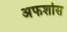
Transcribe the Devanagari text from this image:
अफशोस